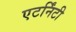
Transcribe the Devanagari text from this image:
एटर्निंटी